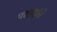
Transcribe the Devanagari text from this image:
परग्रहांचे